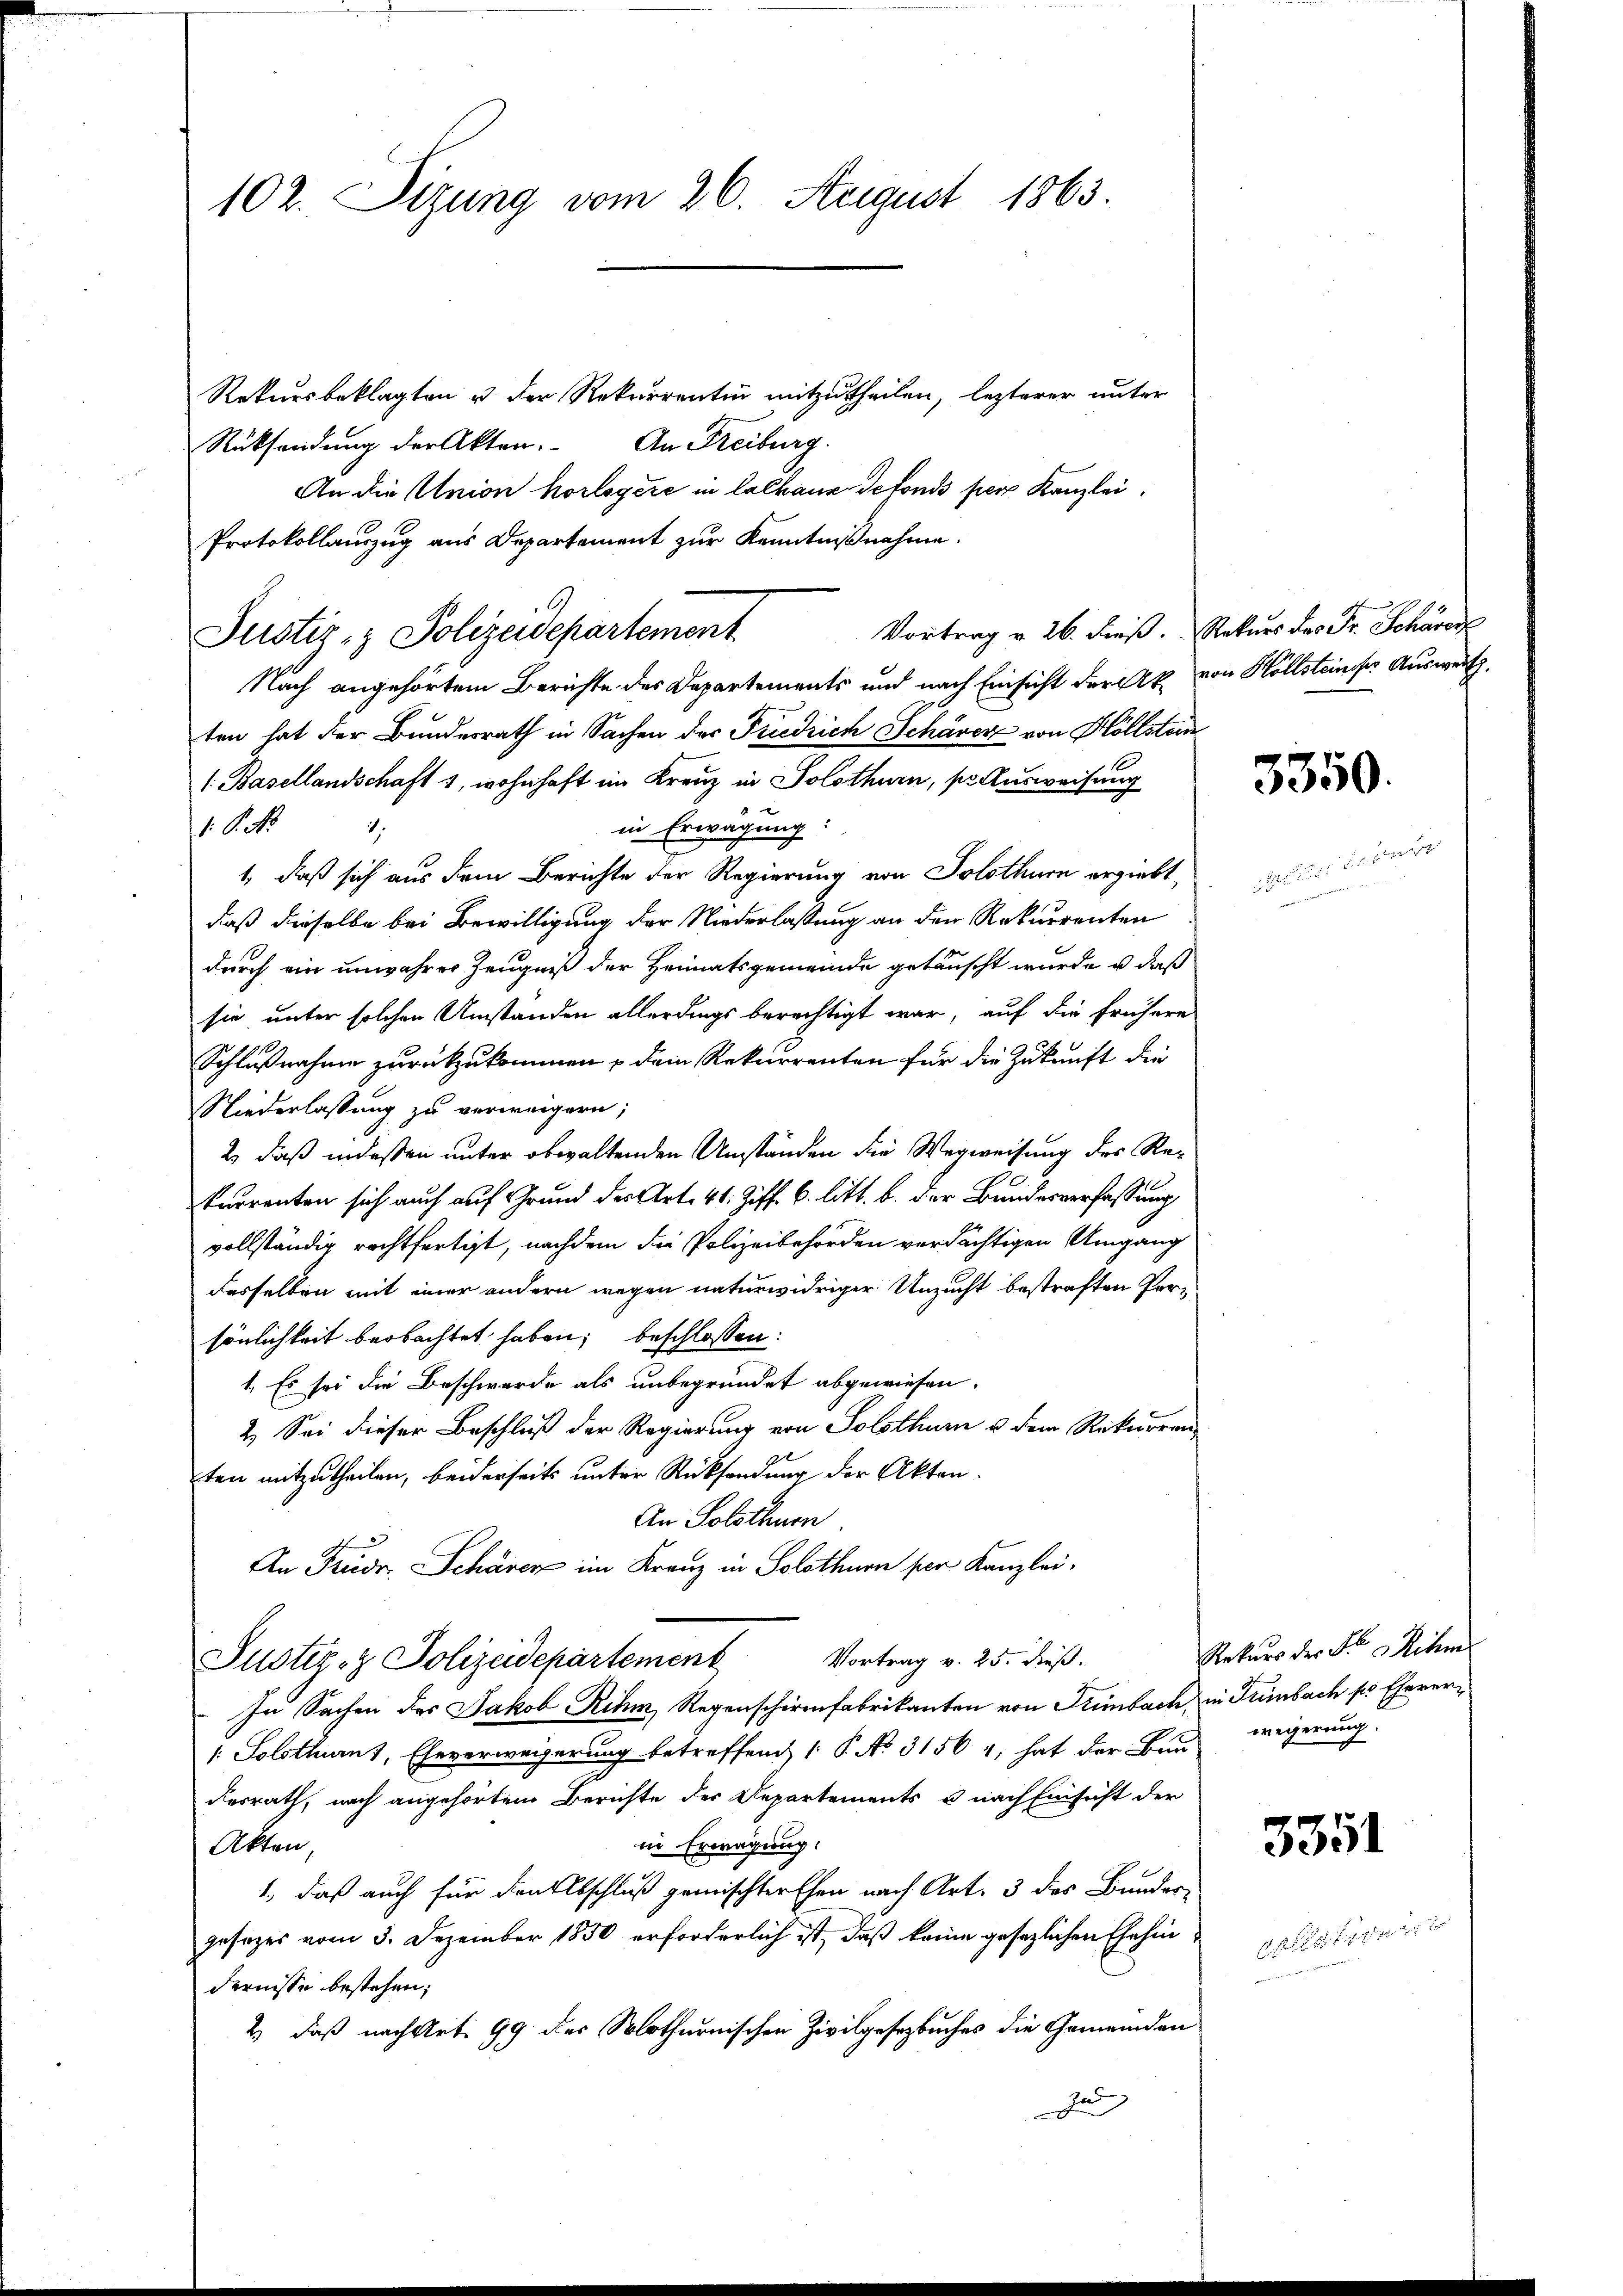
102. Sizung vom 26. August 1863.

Rekursbeklagten u. der Rekurrentin mitzutheilen, lezterer unter
Rücksendung der Akten. An Freiburg
An die Union horlogere in lalhaus defonds per Kanzlei.
Protokollauszug aus Departement zur Kenntnißnahme.
Vortrag v. 26. Freß. Rekurs des Fr. Schöner
Nach angehörtem Berichte des Departements und nach Einsicht der k. von Hollsteinser Ausweit
ten hat der Bundesrath in Sachen der Friedrich Schärer von Höllstan
1. Basellandschaft 1, wohnhaft im Kreuz in Solothurn, pr Ausweisung
in Erwägung:
1. Oct
7.
1, daß sich aus dem Berichte der Regierung von Solothurn ergiebt,
daß dieselbe bei Bewilligung der Niederlassung an den Rekurrenten
durch ein unwahrer Zeugniß der Heimatsgemeinde getäuscht wurde u. daß
sie unter solchen Umständen allerdings berechtigt war, auf die frühere
Schlußnahme zurückzukommen & dem Rekurrenten für die Zukunft die
Niederlassung zu verweigern;
2) daß indessen unter obwaltenden Umständen die Wegweisung des Rekurrenten sich auch auf Grund der Art. 41 Ziff. 6. litt. b. der Bundesverfassung
vollständig rechtfertigt, nachdem die Polizeibehörden verdächtigen Umgang
desselben mit einer andern wegen naturwidriger Unzucht bestraften Persönlichkeit beobachtet haben; beschlossen:
1. Es sei die Beschwerde als unbegründet abgewiesen.
2.) Sei dieser Beschluß der Regierung von Solothurn u dem Rekurrenz
ten mitzutheilen, beiderseits unter Rücksendung der Akten.
An Solothurn.
An Friedr. Schärer im Kranz in Solothurn per Kanzlei.
Justiz- & Polizeidepartement Vortrag v. 25. dieβ.
In Sachen des Jakob Rihm, Regenschirmfabrikanten von Freibach, in Turbach so Ehever¬
1: Solothurns, Eheverweigerung betreffend, 1 P. No 31561, hat der Bund wegerung.
desrath, nach angehörtem Berichte der Departements u nach Einsicht der
in Erwägung.
Akten,
1., daß auch für den Abschluß gemischter Ehen nach Art. 3 des Bunderjesezes vom 3. Dezember 1850 erforderlich ist, daß keine gesezlichen Ehehindernisse bestehen,
2) daß nach Art. 99 des Solothurnischen Zivilgesetzbuches die Gemeinden
u

Justiz- & Polizeidepartement

3350.

Rekurs der F. ihm

3351

s

altigen